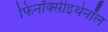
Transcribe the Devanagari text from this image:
फिनॉक्सीइथेनॉल